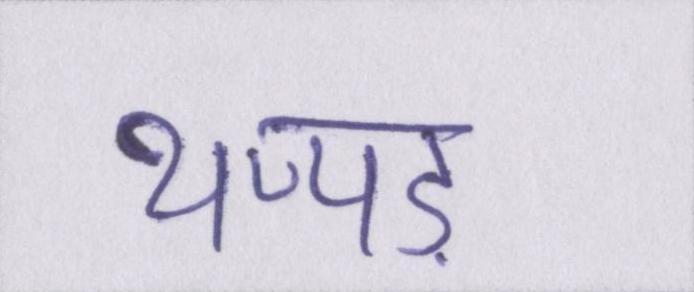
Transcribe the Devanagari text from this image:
थप्पड़